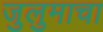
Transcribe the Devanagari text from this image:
जुलुमाचा